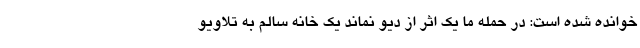
خوانده شده است: در حمله ما یک اثر از دیو نماند یک خانه سالم به تلاویو